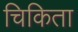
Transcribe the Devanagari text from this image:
चिकिता